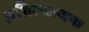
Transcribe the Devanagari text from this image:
अभित्याजक